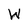
Character: W